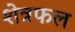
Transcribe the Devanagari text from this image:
शेत्रफल